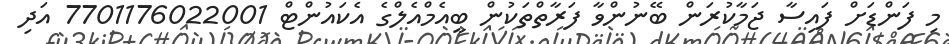
މި ފަންޑަށް ފައިސާ ޖަމާކުރަން ބޭނުންވާ ފަރާތްތަކުން ބީއެމްއެލްގެ އެކައުންޓް 7701176022001 އަދި